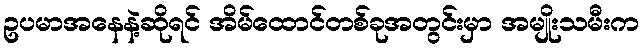
ဥပမာအနေနဲ့ဆိုရင် အိမ်ထောင်တစ်ခုအတွင်းမှာ အမျိုးသမီးက